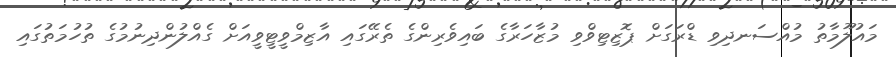
މައުލޫމާތު މުއްސަނދިވި ޑްރަގަށް ޕޮޒިޓިވްވި މުޒާހަރާގެ ބައިވެރިންގެ ތެރޭގައި އާޒިމްވީޓީވީއަށް ގެއްލުންދިނުމުގެ ތުހުމަތުގައި